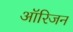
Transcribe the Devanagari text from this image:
आॅरिजन